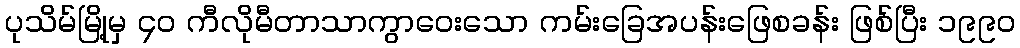
ပုသိမ်မြို့မှ ၄၀ ကီလိုမီတာသာကွာဝေးသော ကမ်းခြေအပန်းဖြေစခန်း ဖြစ်ပြီး ၁၉၉၀